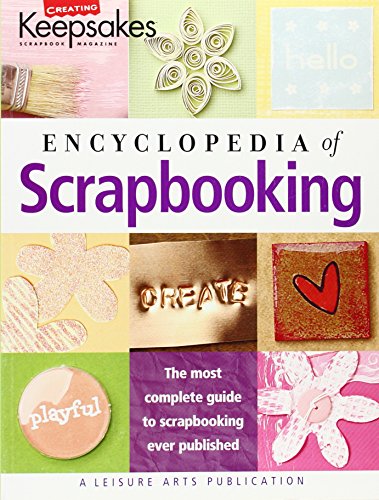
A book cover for Encyclopedia of Scrapbooking  (Leisure Arts #15941) (Creating Keepsakes); Crafts Media LLC; Crafts, Hobbies & Home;